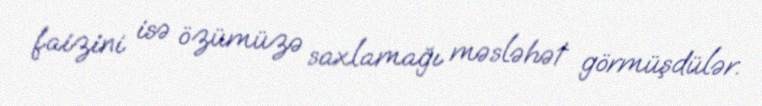
faizini isə özümüzə saxlamağı məsləhət görmüşdülər.